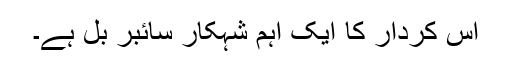
اس کردار کا ایک اہم شہکار سائبر بل ہے۔